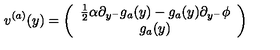
v ^ { ( a ) } ( y ) = \left( \begin{array} { c } { { \frac { 1 } { 2 } } \alpha \partial _ { y ^ { - } } g _ { a } ( y ) - g _ { a } ( y ) \partial _ { y ^ { - } } \phi } \\ { g _ { a } ( y ) } \\ \end{array} \right)